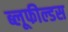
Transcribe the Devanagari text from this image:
ब्लूफील्डस